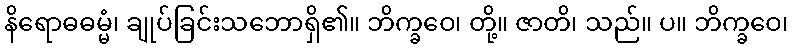
နိရောဓဓမ္မံ၊ ချုပ်ခြင်းသဘောရှိ၏။ ဘိက္ခဝေ၊ တို့။ ဇာတိ၊ သည်။ ပ။ ဘိက္ခဝေ၊